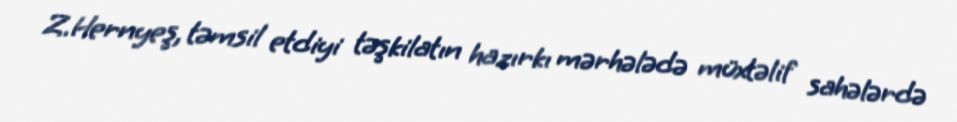
Z.Hernyeş, təmsil etdiyi təşkilatın hazırkı mərhələdə müxtəlif sahələrdə